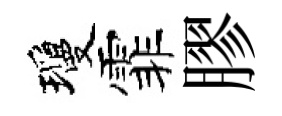
瓊霏膠